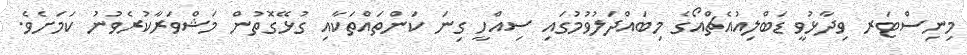
މިނިސްޓަރ ވިދާޅުވީ ޑަބްލިއުއެޗްއޯގެ މިބައްދަލުވުމުގައި ސިއްހީ ގިނަ ކަންތައްތަކާއި ގުޅޭގޮތުން މަޝްވަރާކުރެވުނު ކަމަށެވެ.